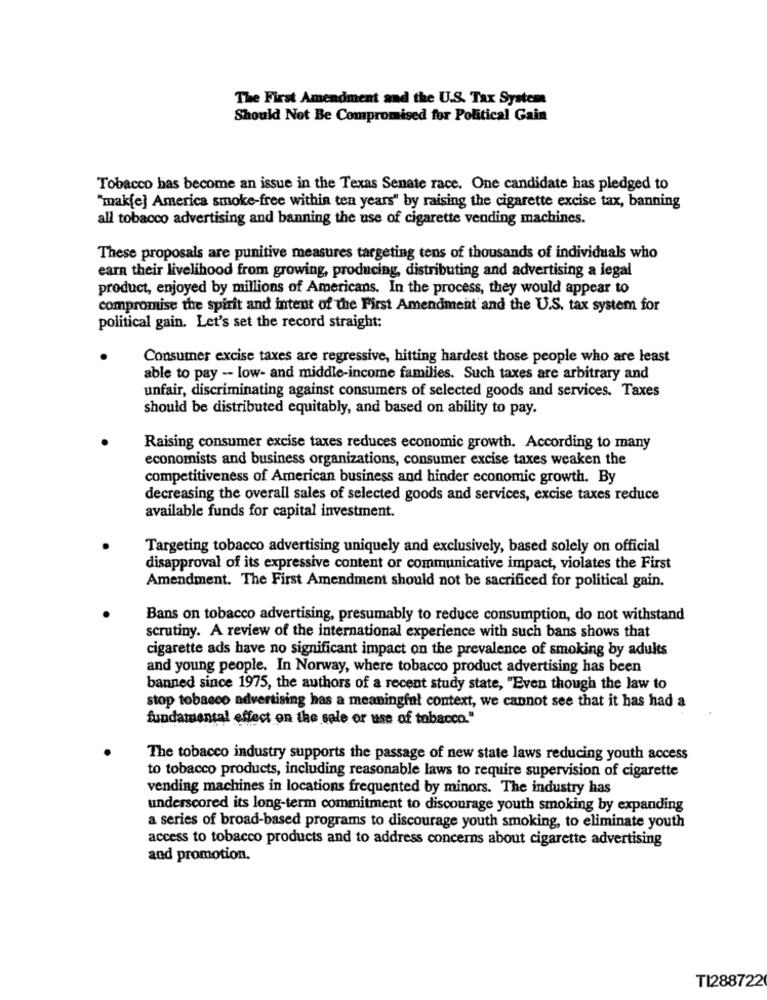
The First Amendment and the U.S. Tax System
Should Not Be Compromised for Political Gain
Tobacco has become an issue in the Texas Senate race. One candidate has pledged to
"mak[e] America smoke-free within ten years" by raising the cigarette excise tax, banning
all tobacco advertising and banning the use of cigarette vending machines.
These proposals are punitive measures targeting tens of thousands of individuals who
earn their livelihood from growing, producing, distributing and advertising a legal
product, enjoyed by millions of Americans. In the process, they would appear to
compromise the spirit and intent of the First Amendment and the U.S. tax system for
political gain. Let's set the record straight:
Consumer excise taxes are regressive, hitting hardest those people who are least
able to pay -- low- and middle-income families. Such taxes are arbitrary and
unfair, discriminating against consumers of selected goods and services. Taxes
should be distributed equitably, and based on ability to pay.
Raising consumer excise taxes reduces economic growth. According to many
economists and business organizations, consumer excise taxes weaken the
competitiveness of American business and hinder economic growth. By
decreasing the overall sales of selected goods and services, excise taxes reduce
available funds for capital investment.
Targeting tobacco advertising uniquely and exclusively, based solely on official
disapproval of its expressive content or communicative impact, violates the First
Amendment. The First Amendment should not be sacrificed for political gain.
Bans on tobacco advertising, presumably to reduce consumption, do not withstand
scrutiny. A review of the international experience with such bans shows that
cigarette ads have no significant impact on the prevalence of smoking by adults
and young people. In Norway, where tobacco product advertising has been
banned since 1975, the authors of a recent study state, "Even though the law to
stop tobacco advertising has a meaningful context, we cannot see that it has had a
fundamental effect on the sale or use of tobacco."
The tobacco industry supports the passage of new state laws reducing youth access
to tobacco products, including reasonable laws to require supervision of cigarette
vending machines in locations frequented by minors. The industry has
underscored its long-term commitment to discourage youth smoking by expanding
a series of broad-based programs to discourage youth smoking, to eliminate youth
access to tobacco products and to address concerns about cigarette advertising
and promotion.
TI288722